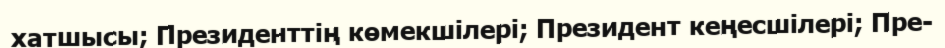
хатшысы; Президенттің көмекшілері; Президент кеңесшілері; Пре-